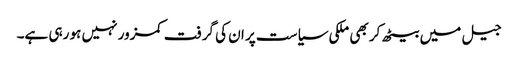
جیل میں بیٹھ کر بھی ملکی سیاست پر ان کی گرفت کمزور نہیں ہو رہی ہے۔